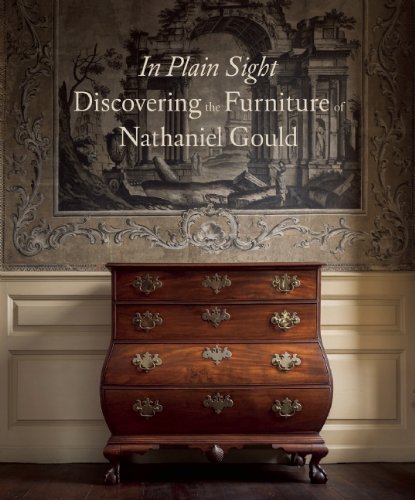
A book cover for In Plain Sight: Discovering the Furniture of Nathaniel Gould; Kemble Widmer; Crafts, Hobbies & Home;